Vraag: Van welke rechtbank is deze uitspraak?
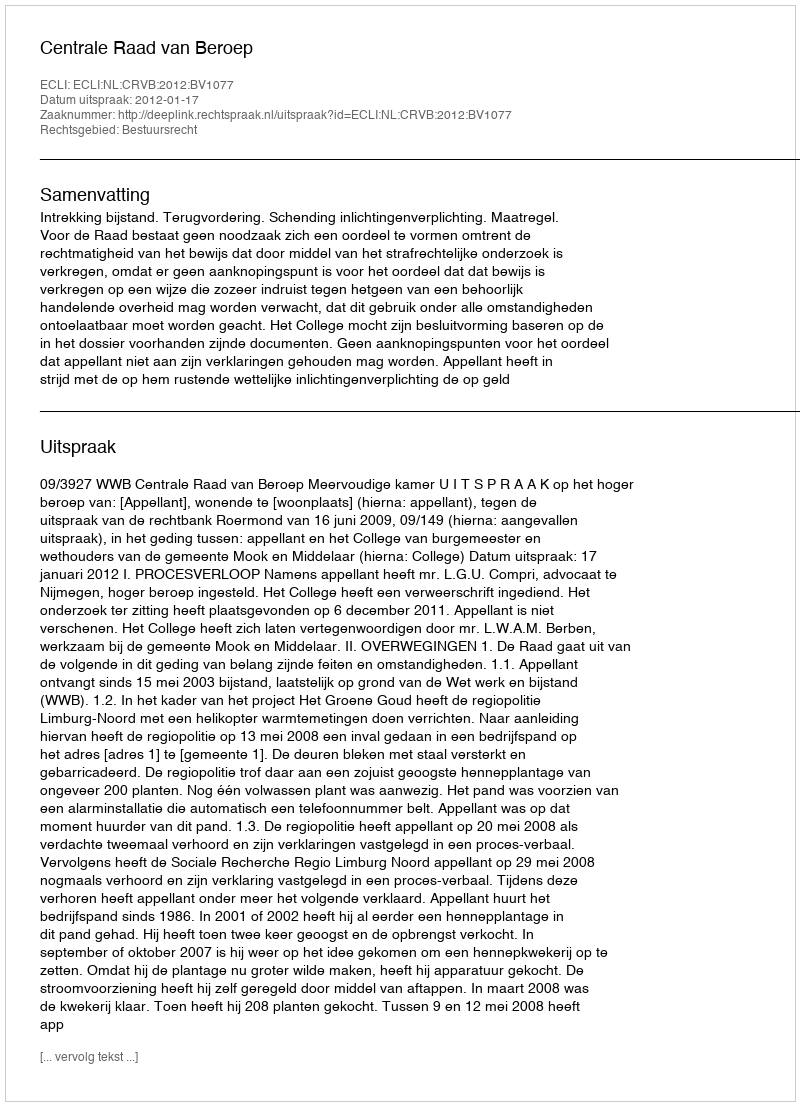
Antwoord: Centrale Raad van Beroep